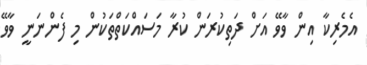
އެމެރިކާ އިން ވާވޭ އަށް ދަތިކުރަން ކުރާ މަސައްކަތްތަކުން މި ފެންނަނީ ވާވޭ